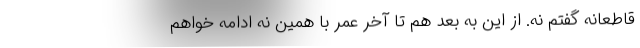
قاطعانه گفتم نه. از این به بعد هم تا آخر عمر با همین نه ادامه خواهم